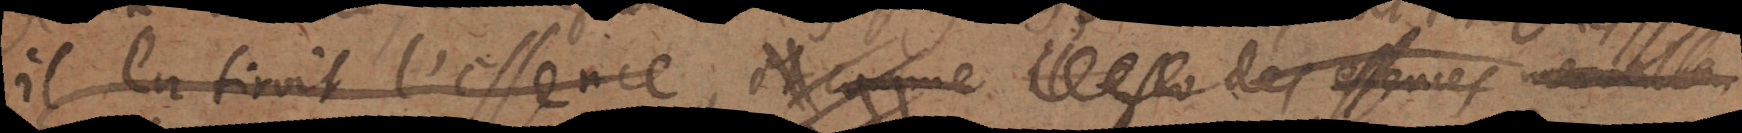
il la tiroit l’essence ; et comme il esto des essences merveilleu